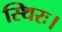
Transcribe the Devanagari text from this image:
स्थिरः।